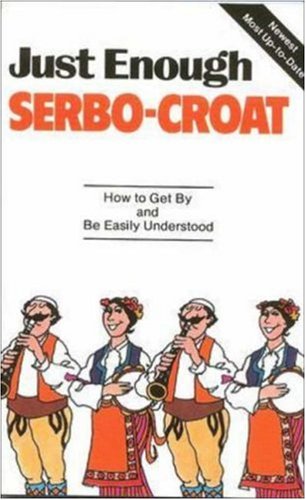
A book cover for Just Enough Serbo-Croat; Passport Books; Travel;